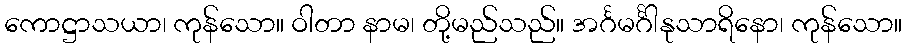
ကောဋ္ဌာသယာ၊ ကုန်သော။ ဝါတာ နာမ၊ တို့မည်သည်။ အင်္ဂမင်္ဂါနုသာရိနော၊ ကုန်သော။